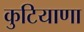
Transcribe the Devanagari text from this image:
कुटियाणा